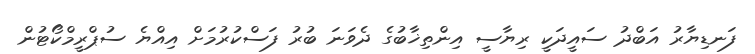
ފަނޑިޔާރު އަބްދު ސައީދަކީ ރިޔާސީ އިންތިޚާބުގެ ދެވަނަ ބުރު ފަސްކުރުމަށް އިއްޔެ ސުޕްރީމްކޯޓުން